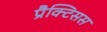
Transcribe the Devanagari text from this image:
प्रैक्टिसस